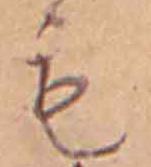
も